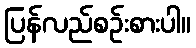
ပြန်လည်စဉ်းစားပါ။